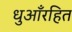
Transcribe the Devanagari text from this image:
धुआँरहित